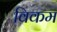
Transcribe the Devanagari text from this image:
विकम